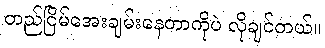
တည်ငြိမ်အေးချမ်းနေတာကိုပဲ လိုချင်တယ်။